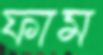
ফাম